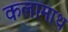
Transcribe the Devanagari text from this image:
कलामाथ